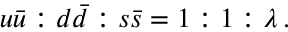
u \bar { u } : d \bar { d } : s \bar { s } = 1 : 1 : \lambda \, .